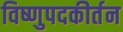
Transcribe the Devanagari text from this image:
विष्णुपदकीर्तन